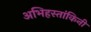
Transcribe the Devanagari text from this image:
अभिहस्तांकिनी